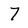
Character: 7